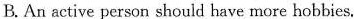
B. An active person should have more hobbies.